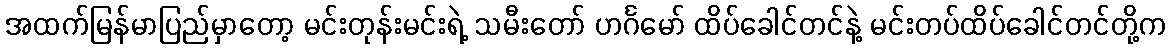
အထက်မြန်မာပြည်မှာတော့ မင်းတုန်းမင်းရဲ့ သမီးတော် ဟင်္ဂမော် ထိပ်ခေါင်တင်နဲ့ မင်းတပ်ထိပ်ခေါင်တင်တို့က